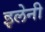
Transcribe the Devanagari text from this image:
इलेनी